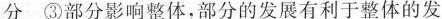
分③部分影响整体，部分的发展有利于整体的发